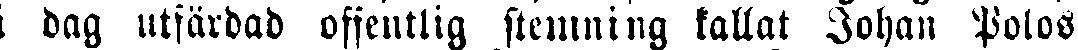
i dag utfärdad offentlig stemning kallat Johan Polos